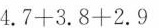
4 . 7 + 3 . 8 + 2 . 9$$